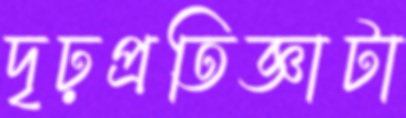
দৃঢ়প্রতিজ্ঞাটা